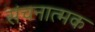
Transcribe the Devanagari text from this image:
संचनात्‍मक